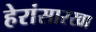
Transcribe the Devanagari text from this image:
हेरांसारखा